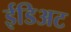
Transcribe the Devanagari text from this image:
ईडिअट